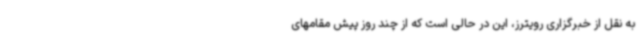
به نقل از خبرگزاری رویترز، این در حالی است که از چند روز پیش مقامهای